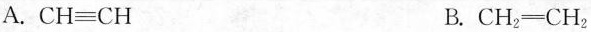
A. CH≡CH B.CH_{2} \xlongequal[]{} CH_{2}